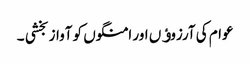
عوام کی آرزوﺅں اور امنگوں کو آواز بخشی ۔